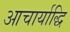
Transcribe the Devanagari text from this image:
आचार्याद्धि